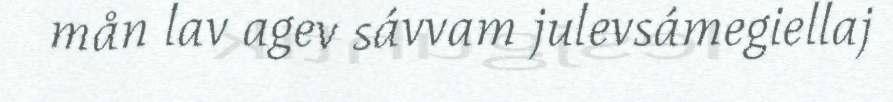
mån lav agev sávvam julevsámegiellaj